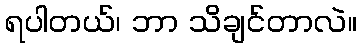
ရပါတယ်၊ ဘာ သိချင်တာလဲ။